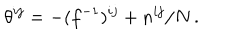
\theta ^ { i j } = - ( f ^ { - 1 } ) ^ { i j } + n ^ { i j } / N \, .